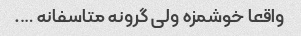
واقعا خوشمزه ولی گرونه متاسفانه ….